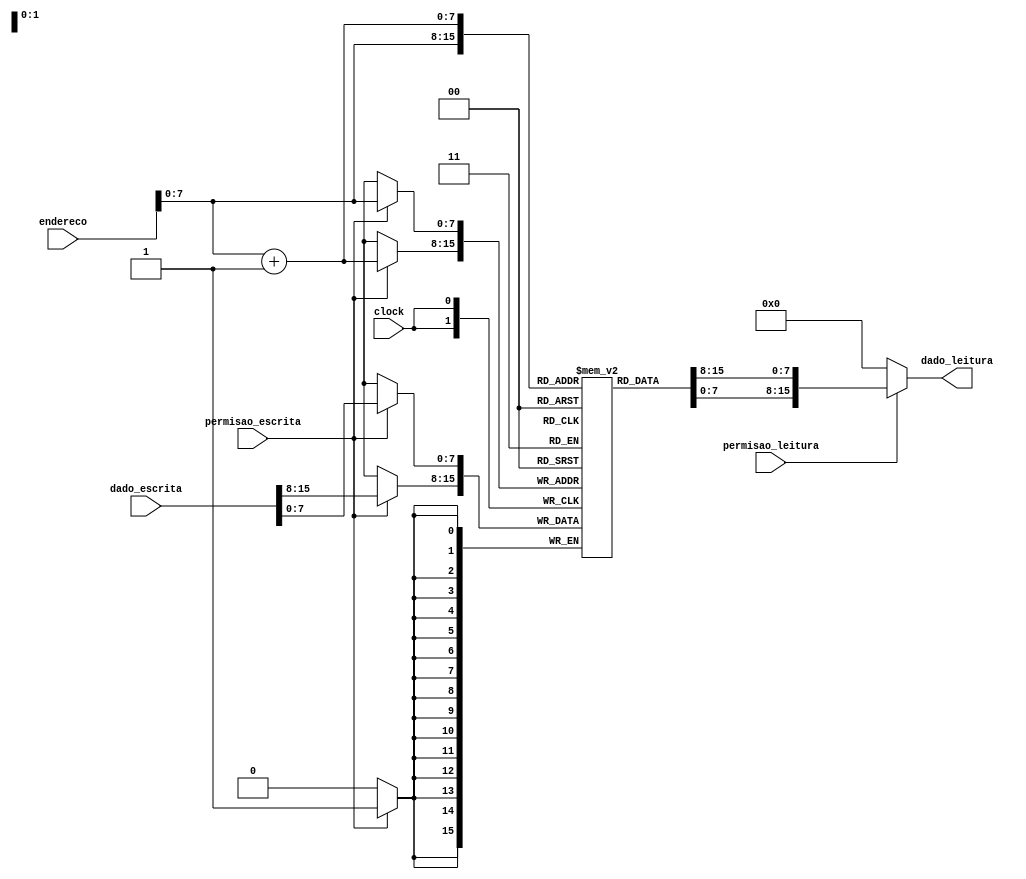
module memoria_dados (
    input clock, permisao_escrita, permisao_leitura,
    input [15:0] endereco, dado_escrita,
    output [15:0] dado_leitura
);  
    /* Byte aligned memory; capacidade de 128 palavras de 16 bits*/
    /* Padrao de armazenamento: little endian byte order */

    reg [7:0] ram [255:0];  
    integer i;  
    initial begin
        for(i=0;i<256;i=i+1)  
            ram[i] <= 8'd0;  
    end  
    always @(posedge clock) begin  
        if (permisao_escrita)  
            {ram[endereco+1], ram[endereco]} <= dado_escrita;
    end  
    
    assign dado_leitura = permisao_leitura? {ram[endereco+1], ram[endereco]}: 16'd0;   
endmodule